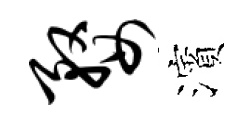
婺濱